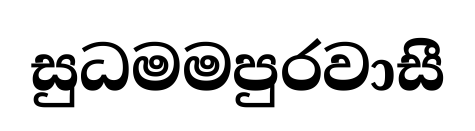
සුධමමපුරවාසී